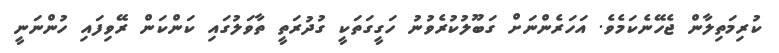
ކުރިމަތިލާން ޖެހޭނެކަމެވެ. އަހަރެންނަށް ގަބޫލުކުރެވުނު ހަގީގަތަކީ ގުދުރަތީ ތާވަލުގައި ކަންކަން ރޭވިފައި ހުންނަނީ